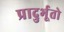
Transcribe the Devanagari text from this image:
प्रादुर्भूतो